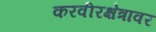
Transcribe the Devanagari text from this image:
करवीरक्षेत्रावर